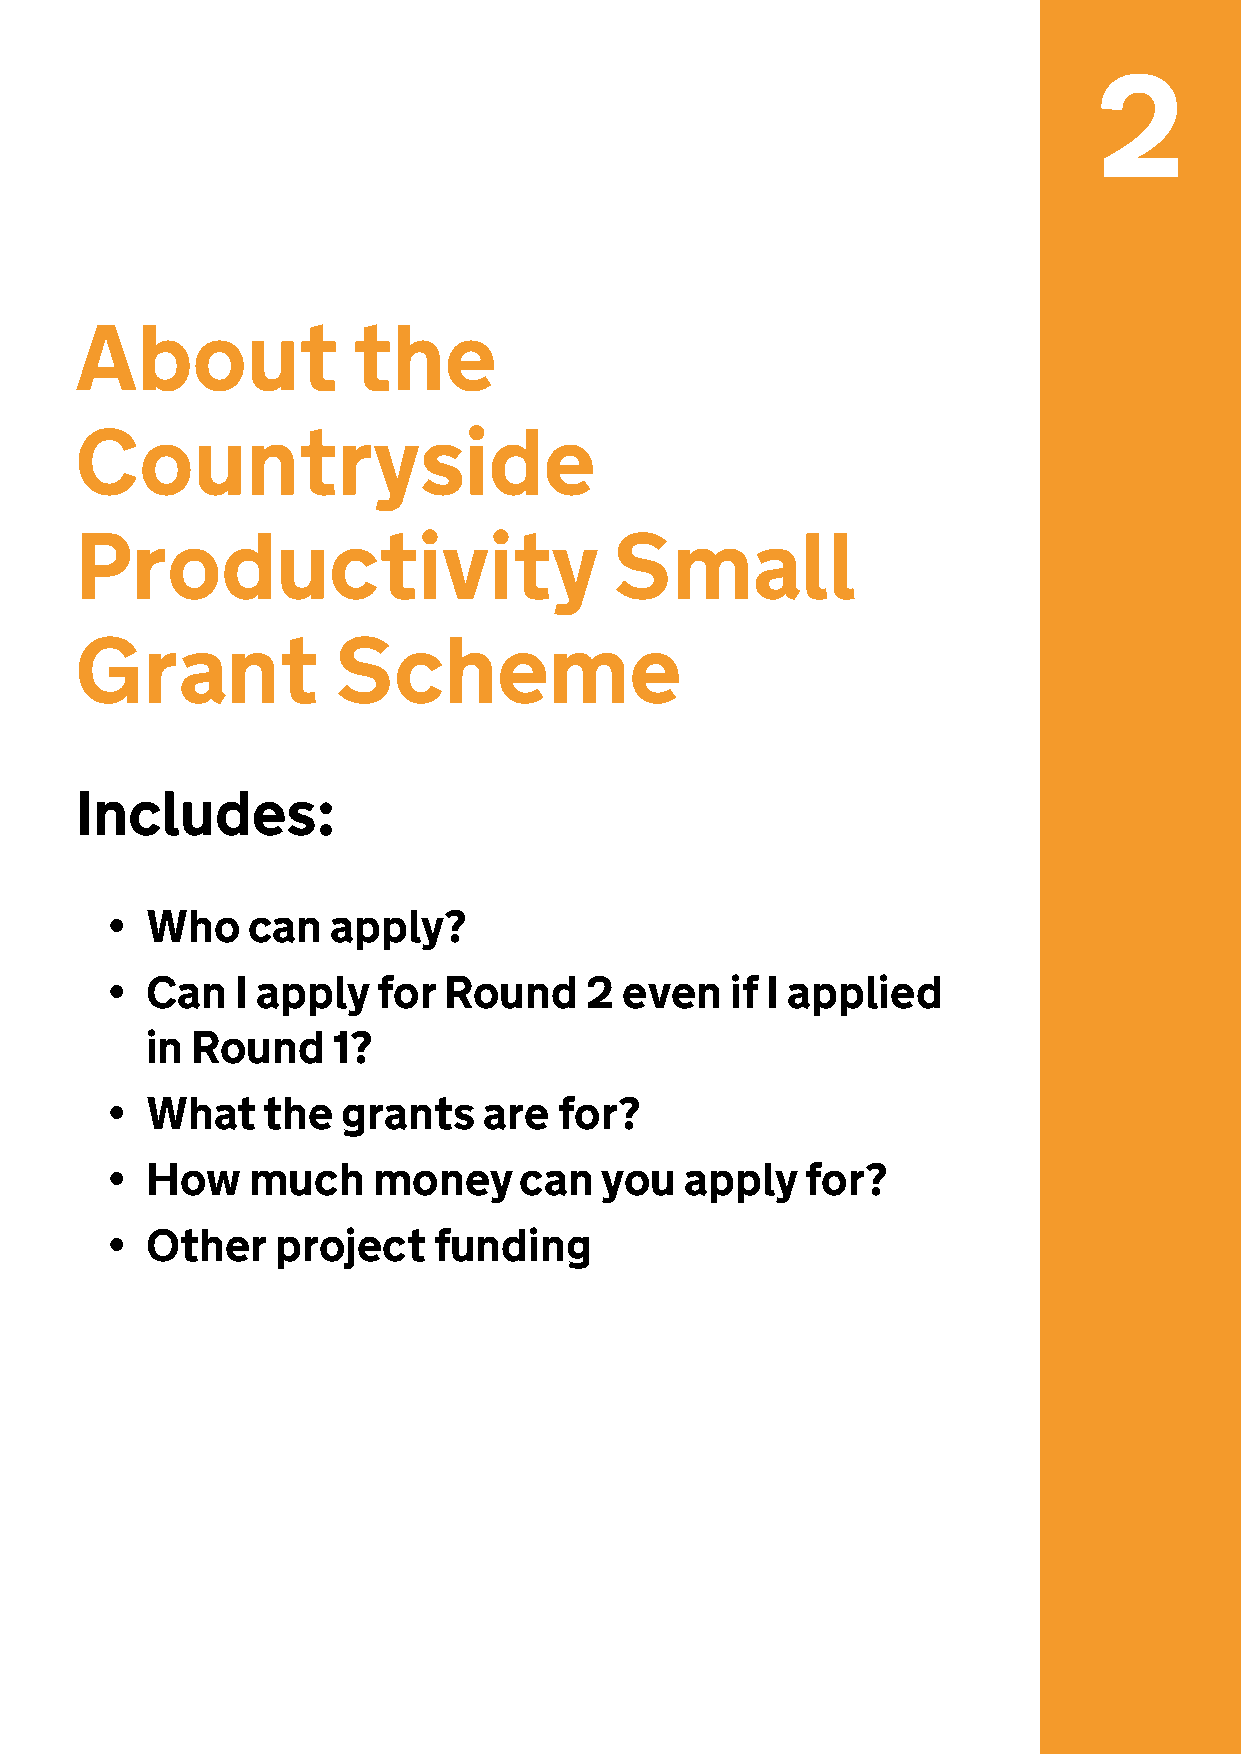
2
 About             the
 Countryside
 Productivity                        Small
 Grant            Scheme
 Includes:
 •  Who   can   apply?
 •  Can   I apply  for Round     2 even   if I applied
 in Round    1?
 •  What   the   grants   are  for?
 •  How   much     money    can   you  apply   for?
 •  Other   project    funding